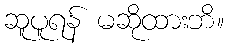
ဆူပူရန် မဆိုထားဘိ။